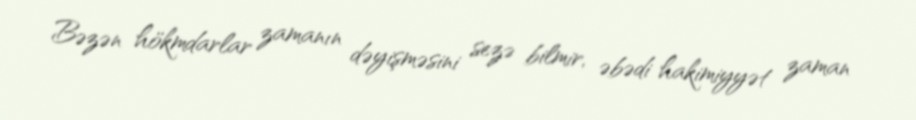
Bəzən hökmdarlar zamanın dəyişməsini sezə bilmir, əbədi hakimiyyət zaman